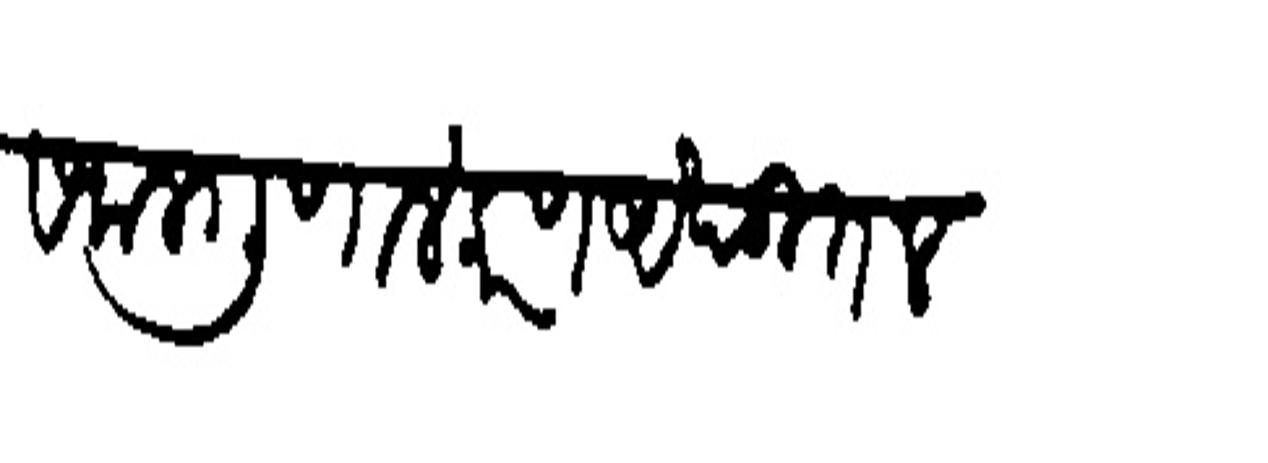
Transliteration (Devanagari): सकल गुणालंकरण अखंडित लक्ष्मी